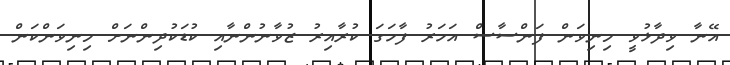
އޭނާ ވިދާޅުވީ މިނިވަން ފަންސާސް އަހަރު ފާހަގަ ކުރާއިރު ޒުވާނުންނާއި ކުޑަކުދިންނަށް މިނިވަންކަން